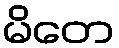
မိတေ